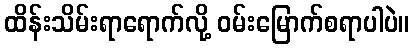
ထိန်းသိမ်းရာရောက်လို့ ဝမ်းမြောက်စရာပါပဲ။